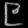
Digit: ၉